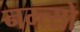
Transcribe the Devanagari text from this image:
नम्त्सो